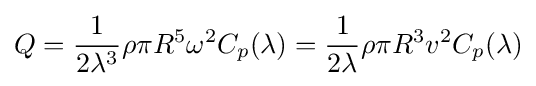
Q={\frac {1}{2\lambda ^{3}}}\rho \pi R^{5}\omega ^{2}C_{p}(\lambda )={\frac {1}{2\lambda }}\rho \pi R^{3}v^{2}C_{p}(\lambda )